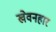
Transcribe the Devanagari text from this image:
खेवनहार